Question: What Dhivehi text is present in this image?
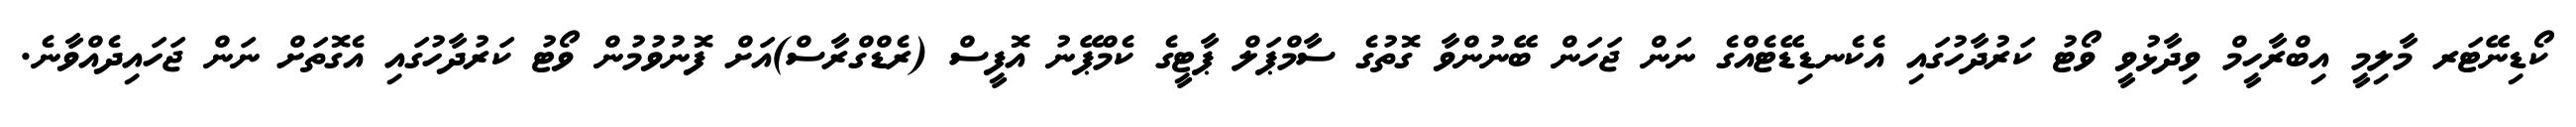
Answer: ކޯޑިނޭޓަރ މާލިމީ އިބްރާހީމް ވިދާޅުވީ ވޯޓު ކަރުދާހުގައި އެކެނޑިޑޭޓެއްގެ ނަން ޖަހަން ބޭނުންވާ ގޮތުގެ ސާމްޕަލް ޕާޓީގެ ކެމްޕޭނު އޮފީސް (ރެޑްގްރާސް)އަށް ފޮނުވުމުން ވޯޓު ކަރުދާހުގައި އެގޮތަށް ނަން ޖަހައިދެއްވާނެ.